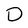
Character: D